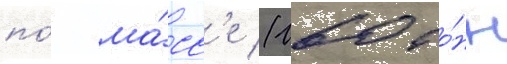
по́ ма́сс'е (160 то́нн